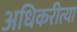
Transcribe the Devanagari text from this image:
अधिकरीत्या